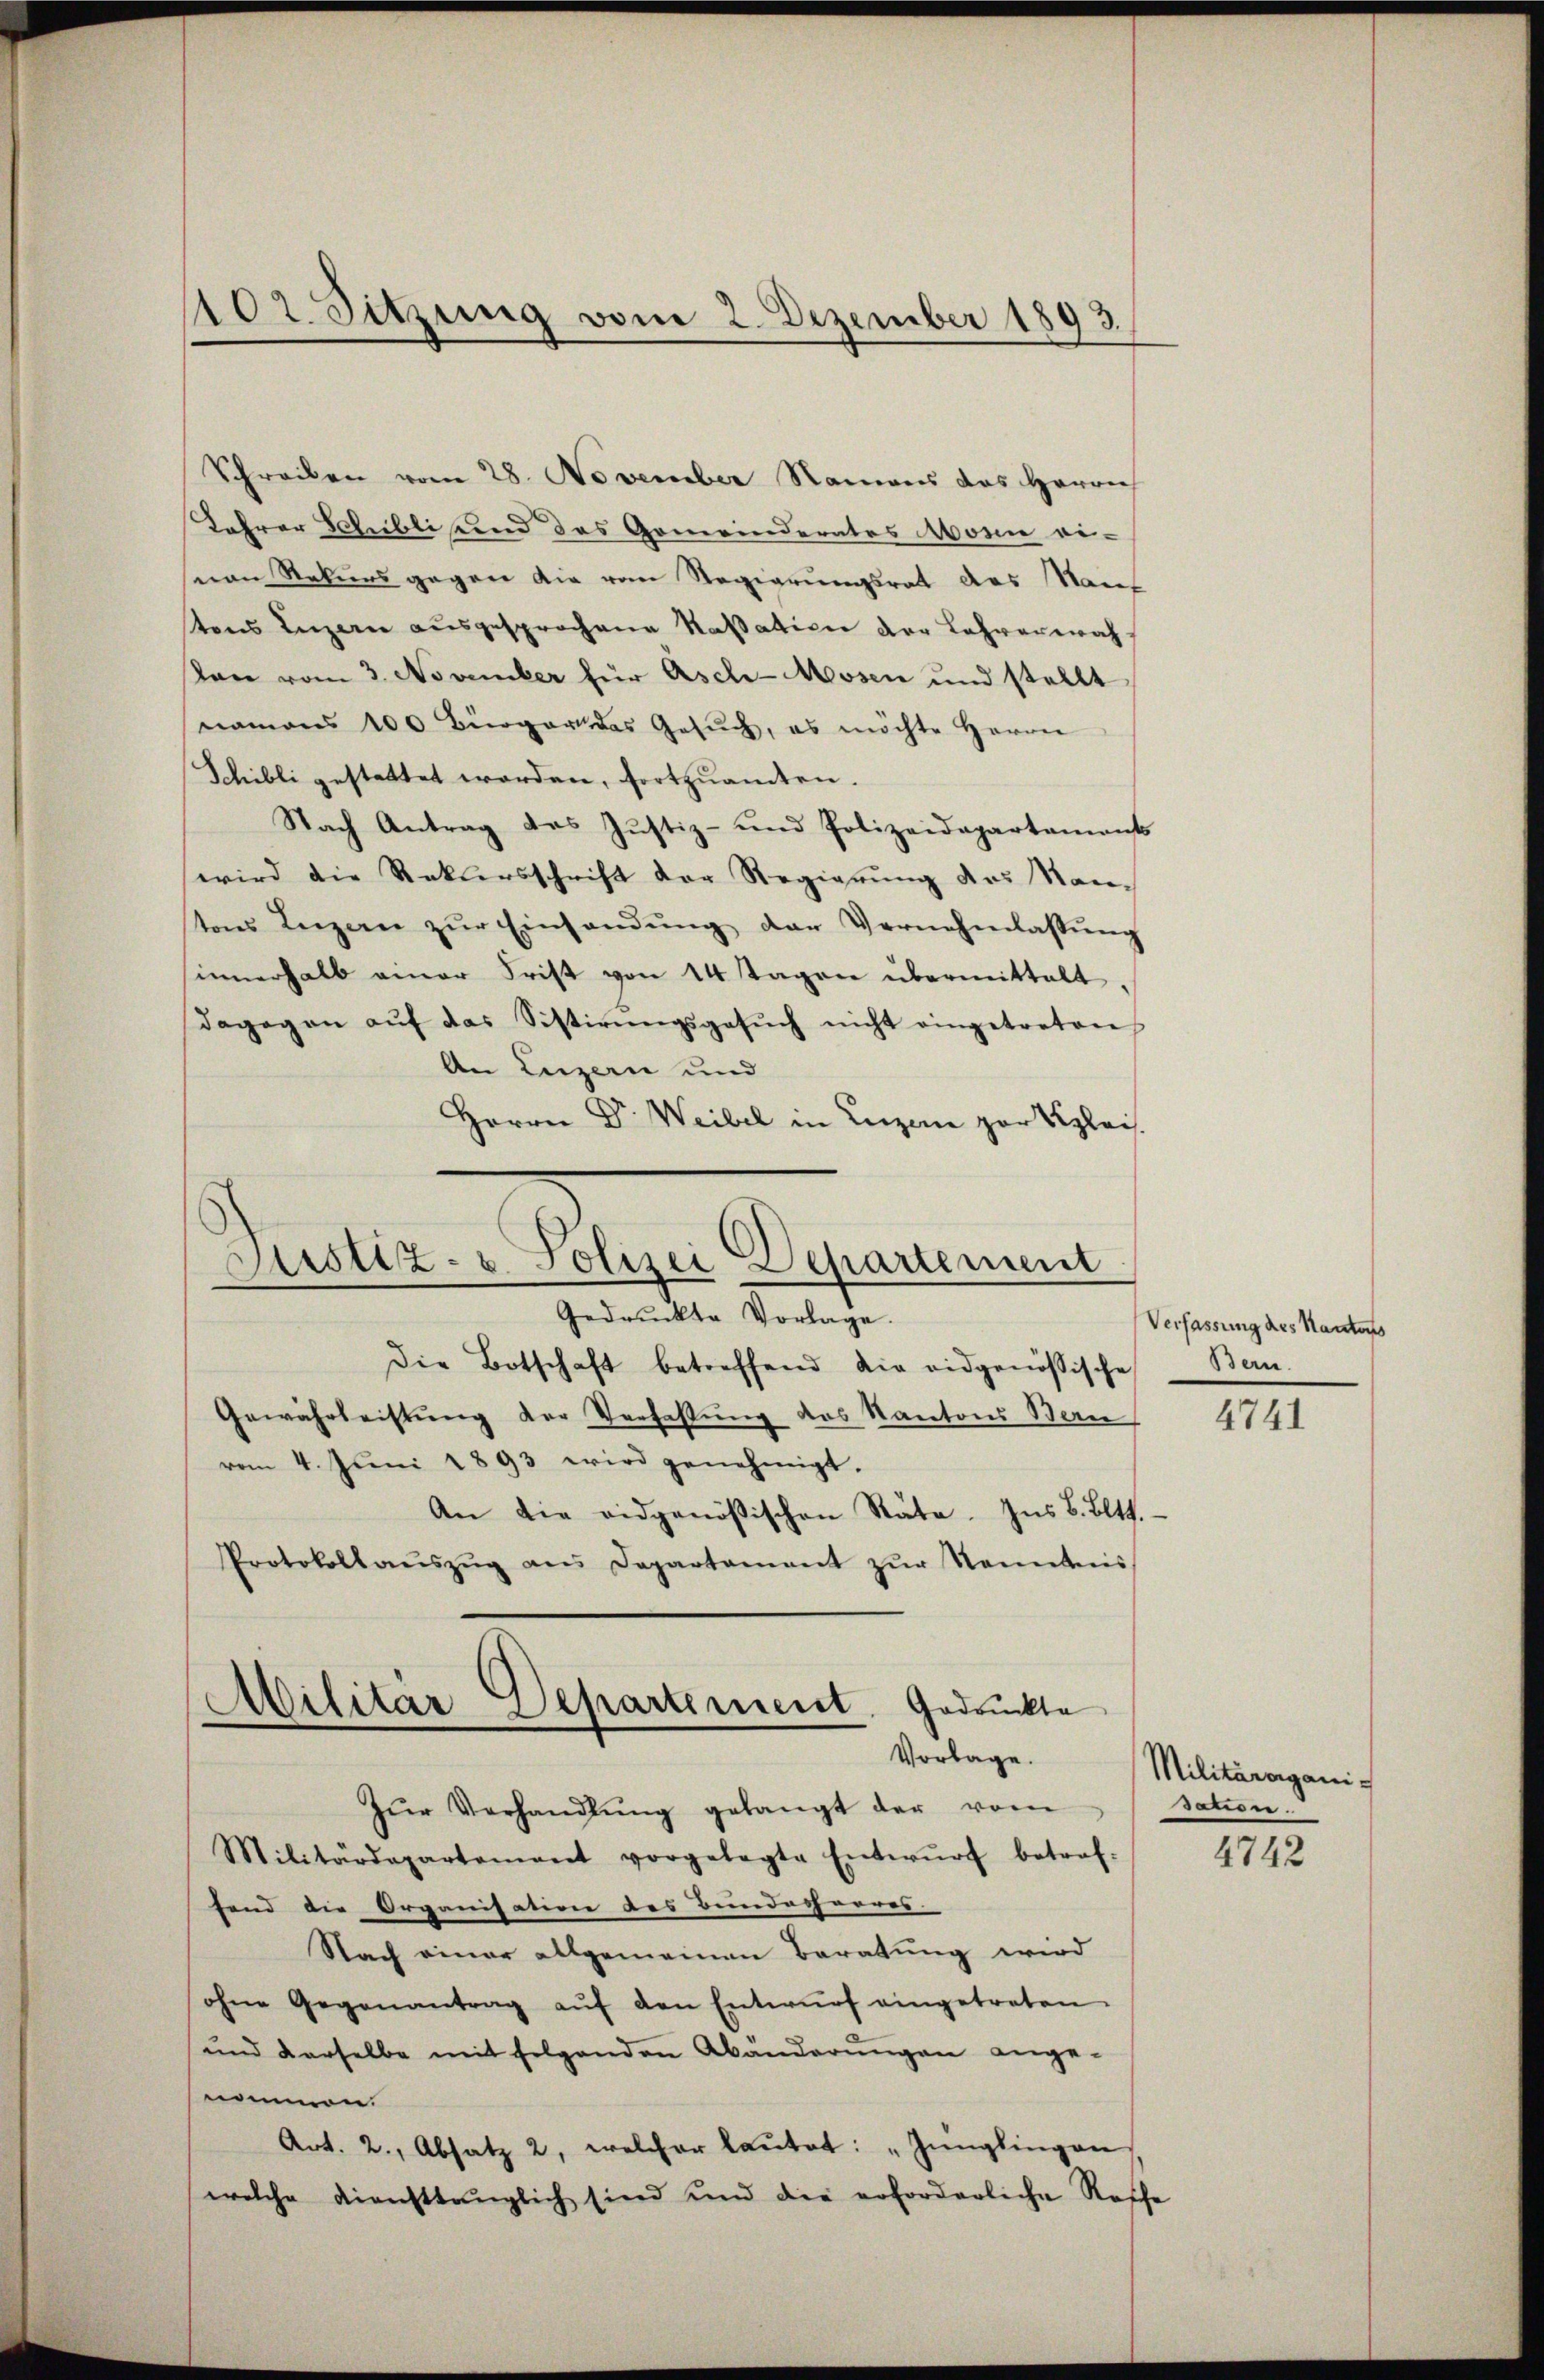
102 Sitzung vom 2. Dezember 1893.

Schreiben vom 28. November Namens das Herrn
Lehrer Schilli und das Gemeinderates Monne ei-
nan Rekurs gegen die vom Regierungsrat des Rauf
tens Luzern ausgesprochene Kassation der Lehrerwahston vom 3. November für Asch-Mosen und stellt
namens 100 Bürger das Gesŭch, es möchte Herrn
Schilli gestattet worden, fortzuamten.
Nach Antrag des Justiz- und Polizeidepartement
wird die Rekursschrift der Regierung des Kantons Luzern zŭr Einsandŭng der Vernehmlassŭng
sinnerhalb einer Frist von 14 Tagen übermittelt
dagegen aŭf das Sistirŭngsgesŭch nicht eingetreten
An Luzern und
Herrn Dr. Weibel in Luzern zur Begleis
Justiz- u. Polizei Departement
Gedruckte Vorlage.
Die Botschaft betreffend die eidgenössische
Gewährleistung der Verfassung des Kantons Bern
vom 4. Juni 1893 wird genehmigt.
An die eidgenössischen Räte. Ins B. Blitt.
Protokollaŭszŭg ans Departement zŭr Nenntnis

Militar Departement. Gedruckte
Vorlage.

Zŭr Verhandlŭng gelangt der vom
Militärdepartement vorgelegte Entwŭrf betref-
fend die Organisation des Bundesherres
Nach einer allgemeinen Beratung wird
ohne Gegenantrag aŭf den Entwŭrf eingetreten.
und derselbe mit folgenden Abänderŭngen ange-
nommen.
Art. 2., Absatz 2, welcher laŭtet: „Jünglingen
welche diensttänglich sind und die erforderliche Rosche

Verfassung des Kantons
Bern.

4741

Militärorganis
warise.

4742